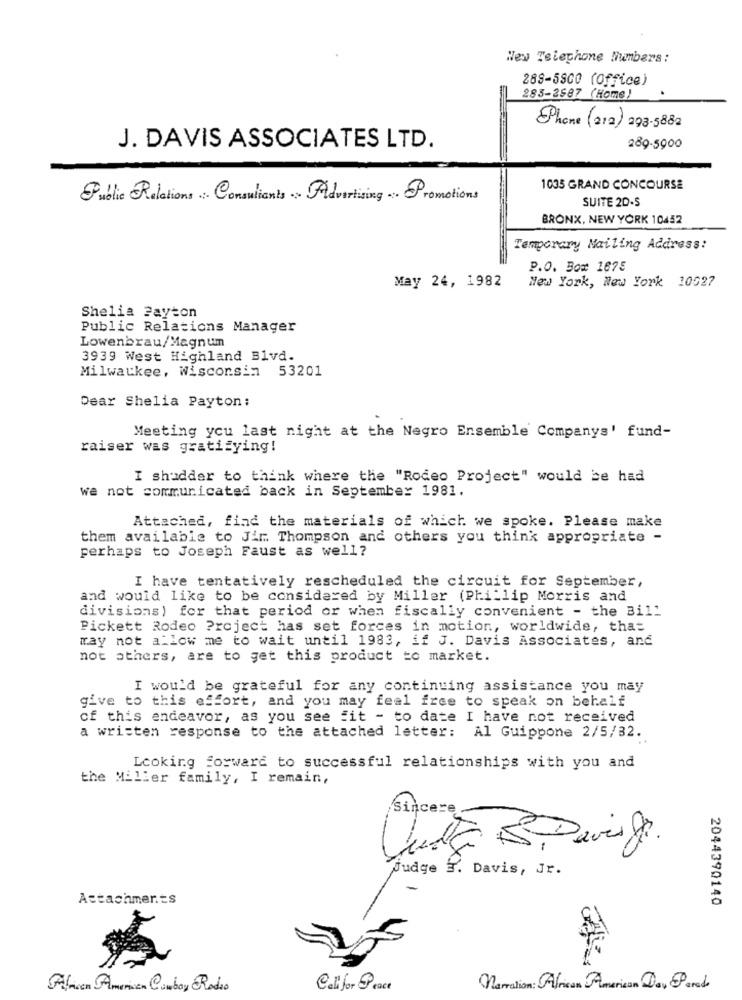
New Telephone Numbers:
288-5800 (Office)
283-2687 (Home)
Phone (212) 293-5882
J. DAVIS ASSOCIATES LTD.
289-5900
1035 GRAND CONCOURSE
Public Relations . Consultants ~ Advertising . Promotions
SUITE 2D-S
BRONX, NEW YORK 10452
Temporary Mailing Address:
P.O. Box 1675
May 24, 1982
New York, New York 10527
Shelia Payton
Public Relations Manager
Lowenbrau/Magnum
3939 West Highland Blvd.
Milwaukee, Wisconsin 53201
Dear Shelia Payton:
Meeting you last night at the Negro Ensemble Companys' fund-
raiser was gratifying!
I shudder to think where the "Rodeo Project" would be had
we not communicated back in September 1981.
Attached, find the materials of which we spoke. Please make
them available to Jir. Thompson and others you think appropriate -
perhaps to Joseph Faust as well?
I have tentatively rescheduled the circuit for September,
and would like to be considered by Miller (Phillip Morris and
divisions) for that period or when fiscally convenient - the Bill
Pickett Rodeo Project has set forces in motion, worldwide, that
may not allow me to wait until 1983, if J. Davis Associates, and
not others, are to get this product to market.
I would be grateful for any continuing assistance you may
give to this effort, and you may feel free to speak on behalf
of this endeavor, as you see fit - to date I have not received
a written response to the attached letter:
Al Guippone 2/5/32.
Looking forward to successful relationships with you and
the Miller family, I remain,
Sincere
avis g.
judge 3. Davis, Jr.
Attachments
2044390140
African American Combay Radio
Cali for Peace
Narration: African American Day Parade